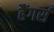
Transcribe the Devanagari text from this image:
हैंगर्स